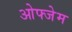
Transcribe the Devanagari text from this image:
ओफ्जेम